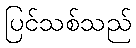
ပြင်သစ်သည်